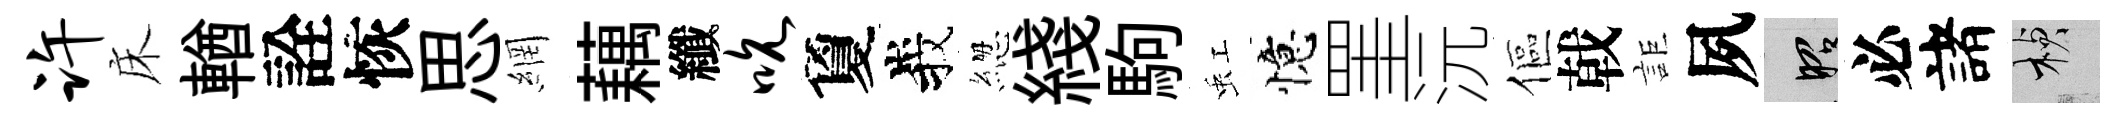
许床輶詮恢思網藕纖吮夐峩緫綫駒虹憶罣沅傴戟詎夙昭必諸楨